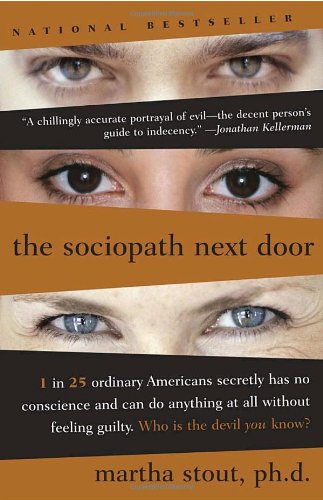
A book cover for The Sociopath Next Door; Martha Stout; Self-Help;